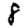
Digit: 8